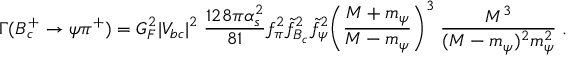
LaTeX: \Gamma ( B _ { c } ^ { + } \to \psi \pi ^ { + } ) = G _ { F } ^ { 2 } | V _ { b c } | ^ { 2 } \; \frac { 1 2 8 \pi \alpha _ { s } ^ { 2 } } { 8 1 } f _ { \pi } ^ { 2 } \tilde { f } _ { B _ { c } } ^ { 2 } \tilde { f } _ { \psi } ^ { 2 } \biggl ( \frac { M + m _ { \psi } } { M - m _ { \psi } } \biggr ) ^ { 3 } \; \frac { M ^ { 3 } } { ( M - m _ { \psi } ) ^ { 2 } m _ { \psi } ^ { 2 } } \; .